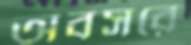
অবসরে